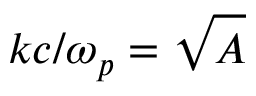
k c / \omega _ { p } = \sqrt { A }